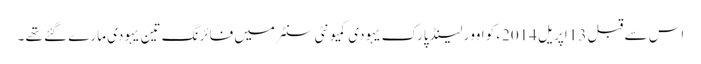
اس سے قبل 13 اپریل 2014ء کو اوور لینڈ پارک یہودی کمیونٹی سنٹر میں فائرنگ تین یہودی مارے گئے تھے ۔